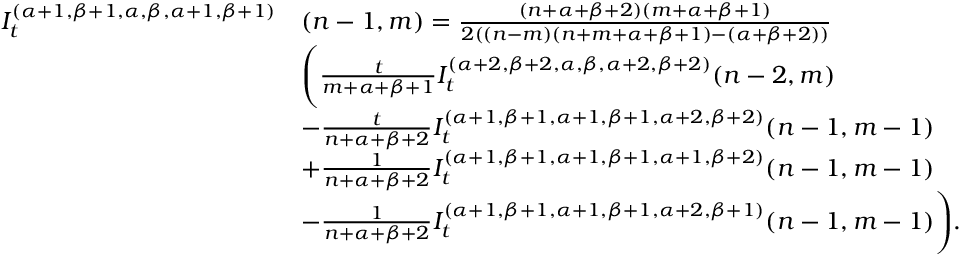
\begin{array} { r l } { I _ { t } ^ { ( \alpha + 1 , \beta + 1 , \alpha , \beta , \alpha + 1 , \beta + 1 ) } } & { ( n - 1 , m ) = \frac { ( n + \alpha + \beta + 2 ) ( m + \alpha + \beta + 1 ) } { 2 ( ( n - m ) ( n + m + \alpha + \beta + 1 ) - ( \alpha + \beta + 2 ) ) } } \\ & { \Bigg ( \frac { t } { m + \alpha + \beta + 1 } I _ { t } ^ { ( \alpha + 2 , \beta + 2 , \alpha , \beta , \alpha + 2 , \beta + 2 ) } { ( n - 2 , m ) } } \\ & { - \frac { t } { n + \alpha + \beta + 2 } I _ { t } ^ { ( \alpha + 1 , \beta + 1 , \alpha + 1 , \beta + 1 , \alpha + 2 , \beta + 2 ) } { ( n - 1 , m - 1 ) } } \\ & { + \frac { 1 } { { n } + \alpha + \beta + 2 } I _ { t } ^ { ( \alpha + 1 , \beta + 1 , \alpha + 1 , \beta + 1 , \alpha + 1 , \beta + 2 ) } { ( n - 1 , m - 1 ) } } \\ & { { - } \frac { 1 } { n + \alpha + \beta + 2 } I _ { t } ^ { ( \alpha + 1 , \beta + 1 , \alpha + 1 , \beta + 1 , \alpha + 2 , \beta + 1 ) } { ( n - 1 , m - 1 ) } \Bigg ) . } \end{array}